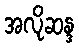
အလိုဆန္ဒ